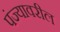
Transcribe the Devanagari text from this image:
पंज्यावरील